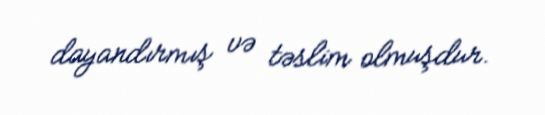
dayandırmış və təslim olmuşdur.